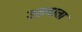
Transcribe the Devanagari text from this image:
उठवाता